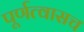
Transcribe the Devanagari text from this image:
पूर्णत्वासच